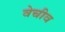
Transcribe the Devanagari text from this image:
वेचीव